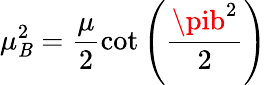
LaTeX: \mu_{\mathit{B}}^{2}=\frac{\mu}{2}\cot\left(\frac{{\pib^{2}}}{2}\right)